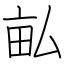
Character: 畆